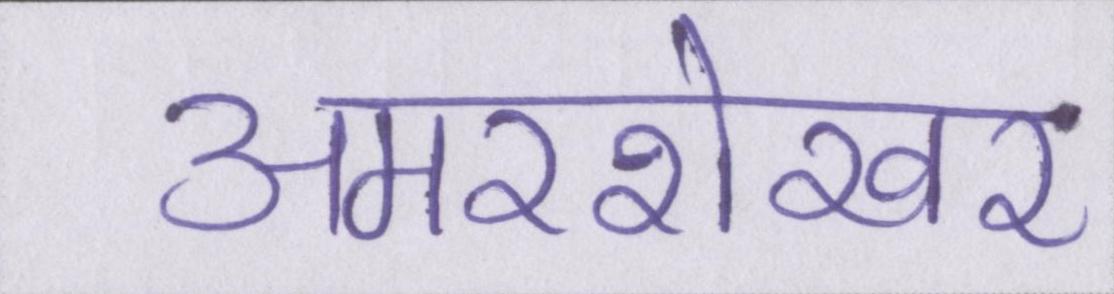
अमरशेखर